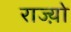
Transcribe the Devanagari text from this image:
राज्य़ो